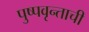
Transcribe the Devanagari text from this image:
पुष्पवृन्ताची